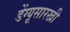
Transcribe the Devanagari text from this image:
डेंग्यूसारखी